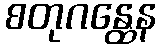
စတုဂန္ထေန